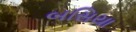
બસિયા